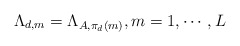
\begin{align*}\Lambda_{d,m}=\Lambda_{A,\pi_{d}\left(m\right)},m=1,\cdots,L\end{align*}